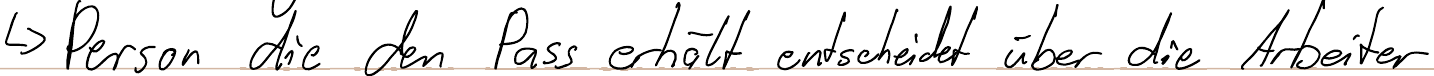
-> Person die den Pass erhält entscheidet über die Arbeiter